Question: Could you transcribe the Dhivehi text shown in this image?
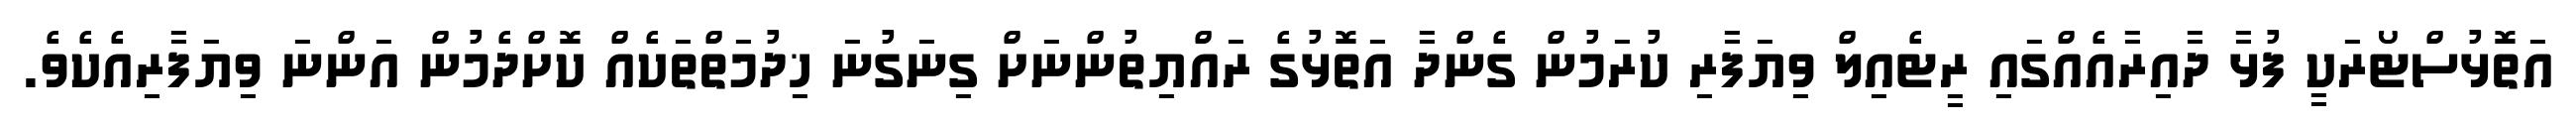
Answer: އަތޮޅުސްޓޯރަކީ ފުޅާ ދާއިރާއެއްގައި ރީޓެއިލް ވިޔަފާރި ކުރަމުން ގެންދާ އަތޮޅުގެ ރައްޔިތުންނަށް ގިނަގުނަ ޚިދުމަތްތަކެއް ކޮށްދެމުން އަންނަ ވިޔަފާރިއެކެވެ.